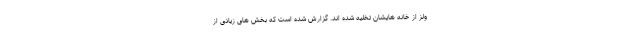
ولز از خانه هایشان تخلیه شده اند. گزارش شده است که بخش های زیادی از